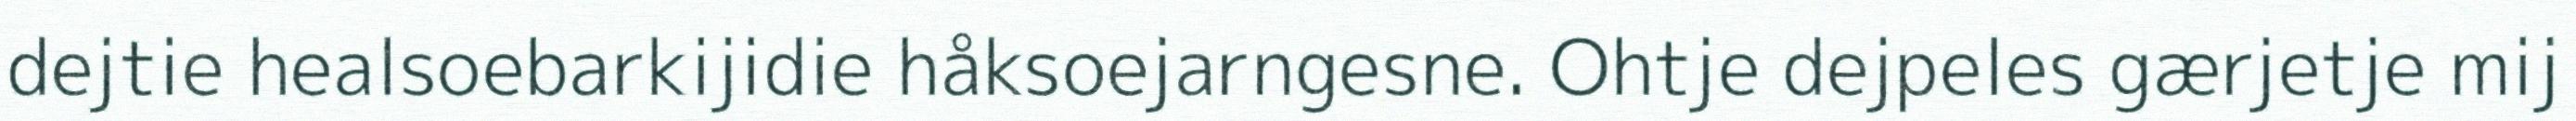
dejtie healsoebarkijidie håksoejarngesne. Ohtje dejpeles gærjetje mij